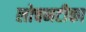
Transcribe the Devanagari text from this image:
लोचनटीका